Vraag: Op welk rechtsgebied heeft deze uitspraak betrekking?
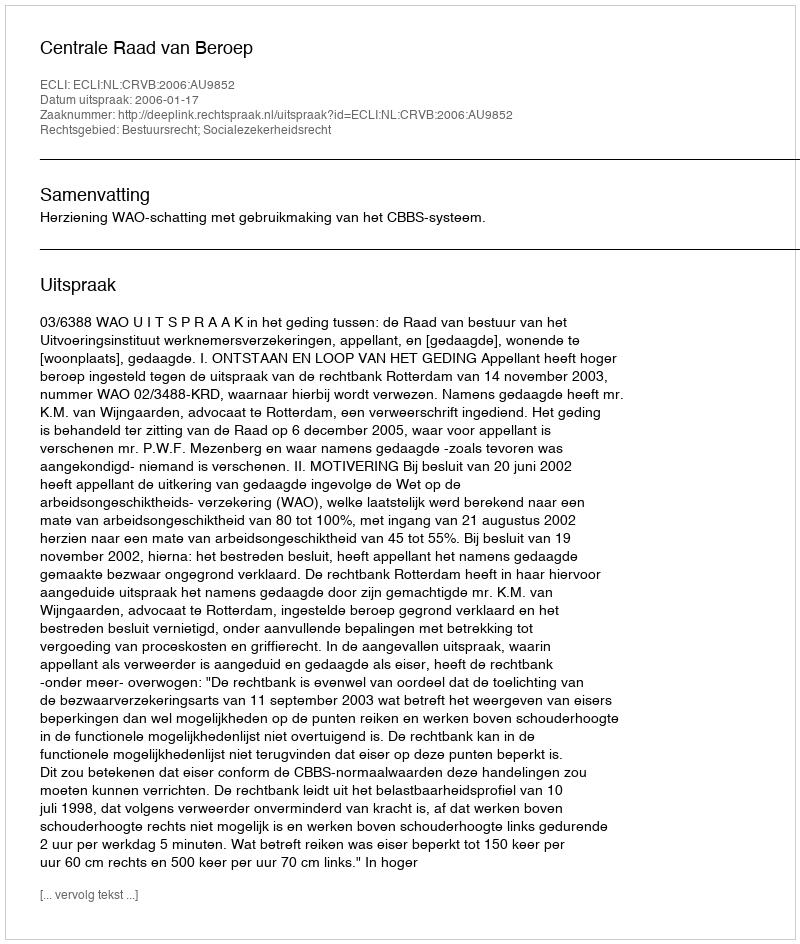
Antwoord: Bestuursrecht; Socialezekerheidsrecht